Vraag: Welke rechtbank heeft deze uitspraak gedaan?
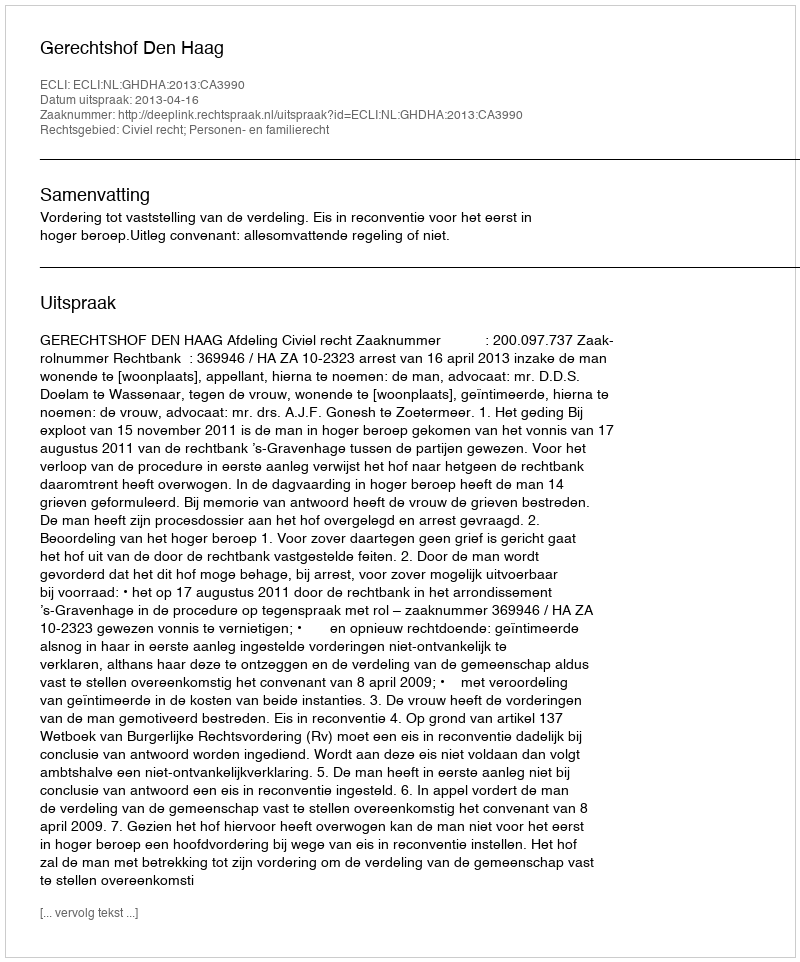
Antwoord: Gerechtshof Den Haag